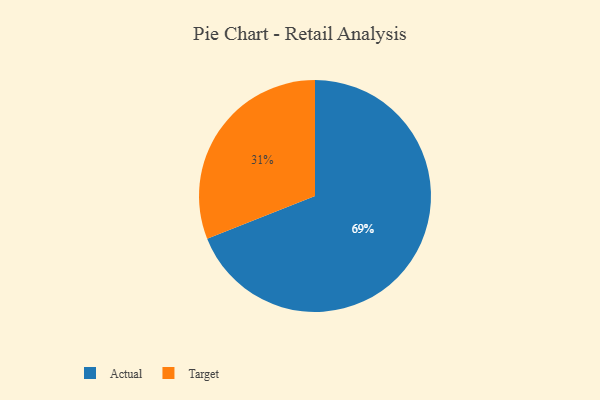
{"axis": {"x": "Category", "y": "Percentage"}, "legend": ["Actual", "Target"], "data": [{"x": "Target", "y": 31, "type": "Target"}, {"x": "Actual", "y": 69, "type": "Actual"}]}